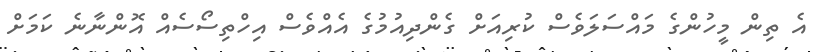
އެ ތިން މީހުންގެ މައްސަލަވެސް ކުރިއަށް ގެންދިއުމުގެ އެއްވެސް އިހްތިސޯސެއް އޮންނާނެ ކަމަށް